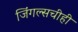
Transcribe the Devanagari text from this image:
जिंगल्सचीही